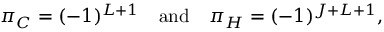
\pi _ { \cal C } = ( - 1 ) ^ { L + 1 } \quad \mathrm { a n d } \quad \pi _ { \cal H } = ( - 1 ) ^ { J + L + 1 } ,